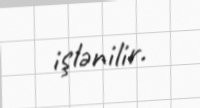
işlənilir.